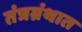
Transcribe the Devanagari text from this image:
तंत्रग्रंथात